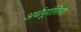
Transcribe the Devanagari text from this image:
अर्थपूर्णरित्या